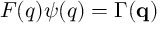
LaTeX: F ( q ) \psi ( q ) = \Gamma ( { \bf q } )